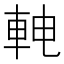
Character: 𬧳